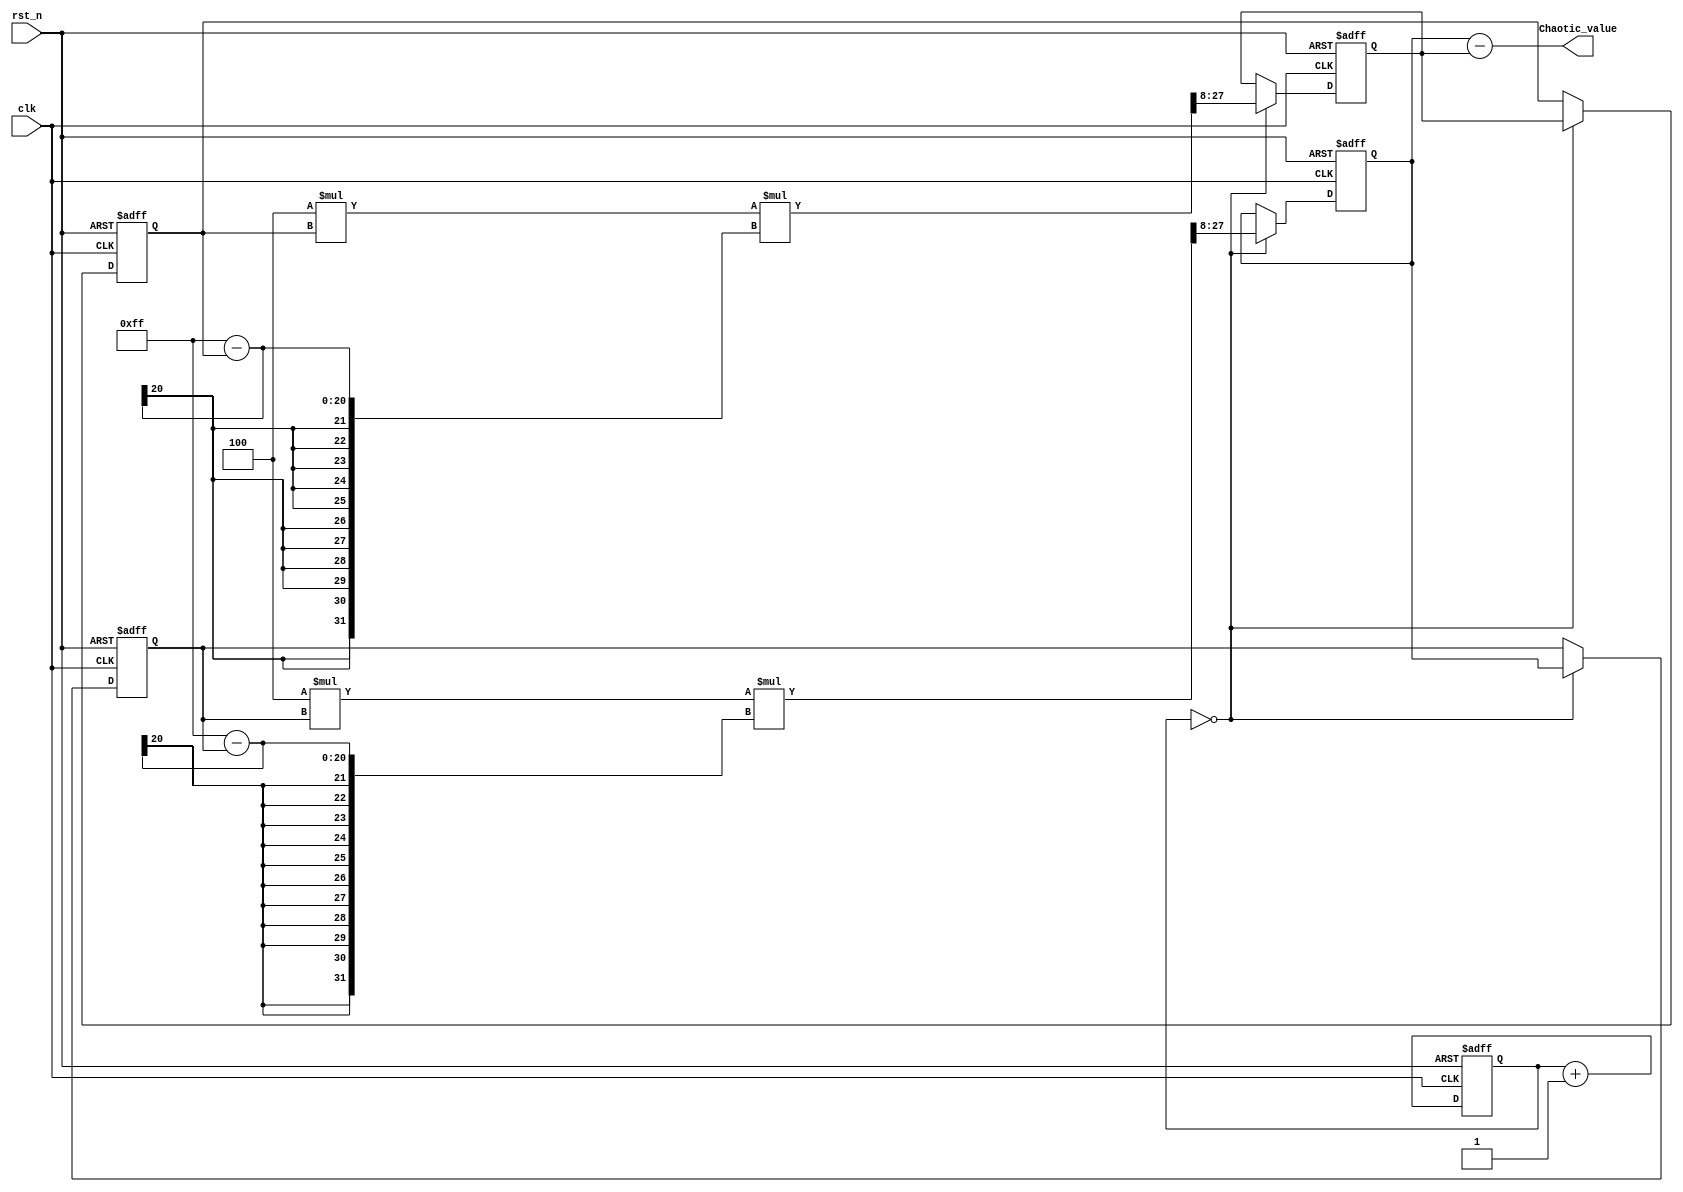
module DouLogisticChaoticMapping #(
    parameter u     =   4   ,
    parameter x0    =   100 ,//0-255
    parameter y0    =   50   //0-255
)(
    input                       clk             ,
    input                       rst_n           ,

    output  signed  [19 : 0]    Chaotic_value
);

reg         [23 : 0]    counter;
reg         [19 : 0]    Xn;
reg         [19 : 0]    Yn;
reg         [19 : 0]    Xn_o;
reg         [19 : 0]    Yn_o;


always@(posedge clk or negedge rst_n)begin
    if(!rst_n)begin
        counter     <=  0;
    end
    else begin
        counter     <=  counter     +   1'b1;
    end
end


always@(posedge clk or negedge rst_n)begin
    if(!rst_n)begin
        Xn_o    <=      x0;
        Yn_o    <=      y0;
        Xn      <=      0 ;
        Yn      <=      0 ;
    end
    else if(counter == 10'd0)begin
        Xn_o    <=      Xn;
        Yn_o    <=      Yn;
        Xn      <=      u*Xn_o*(255-Xn_o) >> 8;
        Yn      <=      u*Yn_o*(255-Yn_o) >> 8;
    end
end

assign  Chaotic_value = Yn - Xn;



endmodule